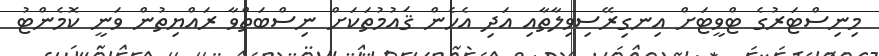
މިނިސްޓަރުގެ ޓްވީޓަށް އިނގިރޭސިވިލާތާއި އަދި އެހެން ޤައުމުތަކަށް ނިސްބަތްވާ ރައްޔިތުން ވަނީ ކޮމެންޓު